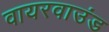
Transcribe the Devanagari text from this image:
वायरवाउंड